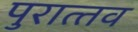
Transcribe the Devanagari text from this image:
पुरात्‍तव